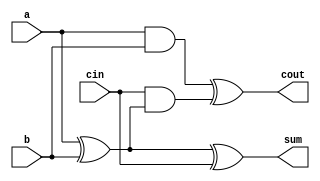
`timescale 1ns/1ps
module fa(a, b, cin, sum, cout);
   input a, b, cin;
   output sum, cout;

   assign sum = a ^ b ^ cin;
   assign cout = (a&b)^(cin&(a^b));
endmodule // fa

`timescale 1ns/1ps
module testbench;
   reg in1, in2, cin;
   wire sum, cout;

   fa FULL_ADDER(.a(in1), .b(in2), .cin(cin), .sum(sum), .cout(cout));

   initial begin
      $monitor("A = %b B = %b CIN=%b SUM = %b COUT=%b", in1, in2, cin, sum, cout);

      in1 = 0; in2 = 0; cin = 0;
      #1 in1 = 0; in2 = 0; cin = 1;
      #1 in1 = 0; in2 = 1; cin = 0;
      #1 in1 = 0; in2 = 1; cin = 1;
      #1 in1 = 1; in2 = 0; cin = 0;
      #1 in1 = 1; in2 = 0; cin = 1;
      #1 in1 = 1; in2 = 1; cin = 0;
      #1 in1 = 1; in2 = 1; cin = 1;      
      
   end
   
endmodule // testbench